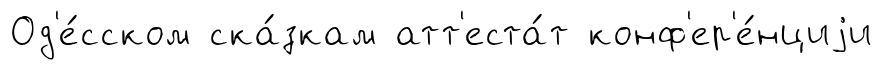
Од'е́сском ска́зкам атт'еста́т конф'ер'е́нциjи